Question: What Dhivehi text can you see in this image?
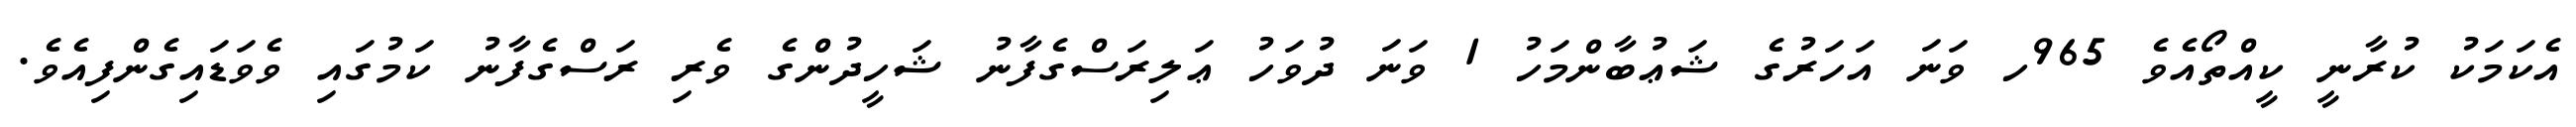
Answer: އެކަމަކު ކުރާނީ ކީއްތޯއެވެ 965ހ ވަނަ އަހަރުގެ ޝަޢުބާންމަހު 1 ވަނަ ދުވަހު ޢަލިރަސްގެފާނު ޝަހީދުންގެ ވެރި ރަސްގެފާނު ކަމުގައި ވެވަޑައިގެންފިއެވެ.